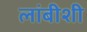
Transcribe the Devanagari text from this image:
लांबीशी